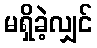
မရှိခဲ့လျှင်